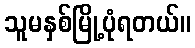
သူမနှစ်မြို့ပုံရတယ်။